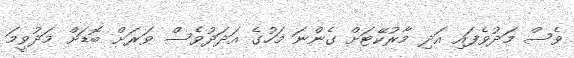
ވެސް މަދުވެފައި އަދި މާރުކޭޓަށް ގެންނަ މަހުގެ އަދަދުވެސް ވަރަށް ބޮޑަށް މަދުވީމަ